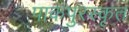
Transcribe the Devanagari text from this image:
पाकपुरस्कृत